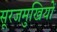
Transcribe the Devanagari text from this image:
सूरजमुखियों